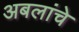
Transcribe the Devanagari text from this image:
अबलांचे